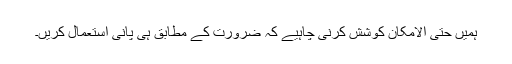
ہمیں حتی الامکان کوشش کرنی چاہیے کہ ضرورت کے مطابق ہی پانی استعمال کریں۔